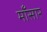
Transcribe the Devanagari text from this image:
माँसार